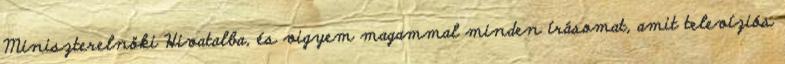
Miniszterelnöki Hi­vatalba, és vigyem magammal minden írásomat, amit televízi­ós